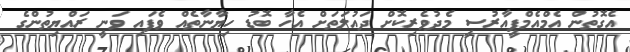
އެގޮތުން އެމްއެމްޕީއާރުސީ މެދުވެރިކޮށް ދައުލަތަށް އެހާ ބޮޑު ހިޔާނާތެއް ވެފައި ވަނީ ރައްޔިތުންގެ